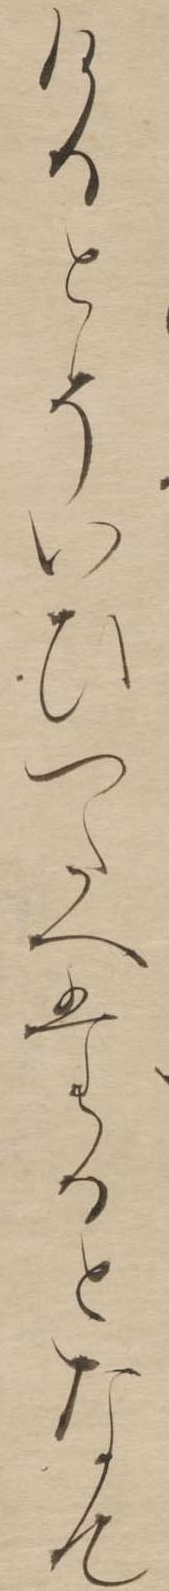
けるとそいひつたへたるとなん